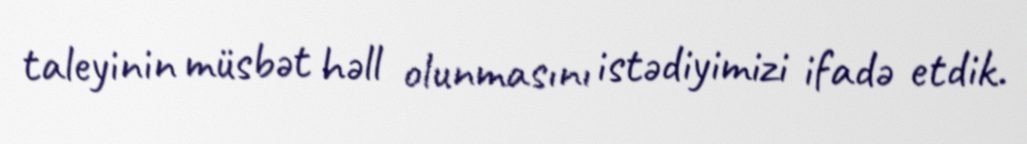
taleyinin müsbət həll olunmasını istədiyimizi ifadə etdik.